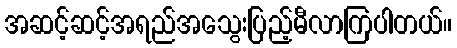
အဆင့်ဆင့်အရည်အသွေးပြည့်မီလာကြပါတယ်။